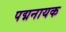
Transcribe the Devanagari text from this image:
पद्मनायक